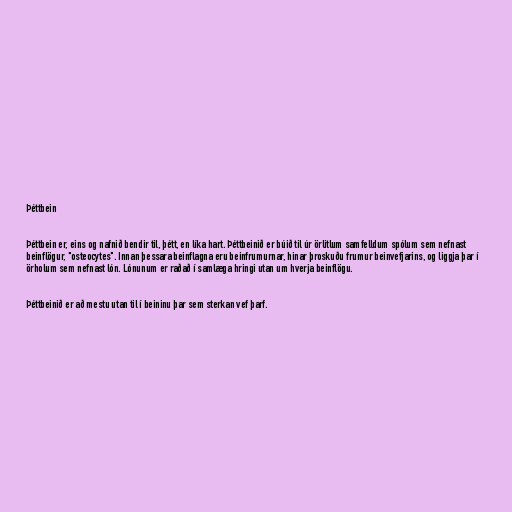
Þéttbein

Þéttbein er, eins og nafnið bendir til, þétt, en líka hart. Þéttbeinið er búið til úr örlitlum samfelldum spólum sem nefnast
beinflögur, "osteocytes". Innan þessara beinflagna eru beinfrumurnar, hinar þroskuðu frumur beinvefjarins, og liggja þar í
örholum sem nefnast lón. Lónunum er raðað í samlæga hringi utan um hverja beinflögu.

Þéttbeinið er að mestu utan til í beininu þar sem sterkan vef þarf.